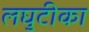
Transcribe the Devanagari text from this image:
लघुटीका